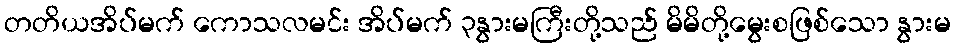
တတိယအိပ်မက် ကောသလမင်း အိပ်မက် ၃နွားမကြီးတို့သည် မိမိတို့မွေးစဖြစ်သော နွားမ